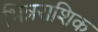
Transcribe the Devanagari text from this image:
भिन्नराशिक